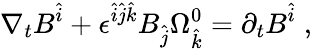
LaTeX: \nabla_{t}B^{\hat{i}}+{\epsilon}^{\hat{i}\hat{j}\hat{k}}B_{\hat{j}}{\Omega}_{\hat{k}}^{0}=\partial_{t}B^{\hat{i}}\; ,